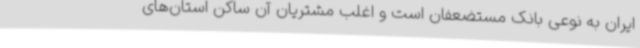
ایران به‌ نوعی بانک مستضعفان است و اغلب مشتریان آن ساکن استان‌های